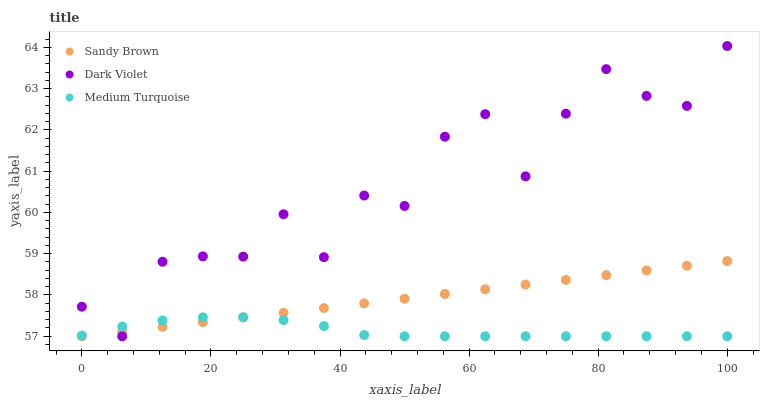
| xaxis_label | Sandy Brown | Dark Violet | Medium Turquoise |
 | --- | --- | --- | --- |
 | 0 | 57 | 57.7 | 57 |
 | 6.25 | 57.1 | 57 | 57.2 |
 | 12.5 | 57.2 | 58.8 | 57.4 |
 | 18.8 | 57.3 | 58.9 | 57.5 |
 | 25 | 57.5 | 58.9 | 57.5 |
 | 31.2 | 57.6 | 60 | 57.4 |
 | 37.5 | 57.7 | 58.9 | 57.2 |
 | 43.8 | 57.8 | 60.4 | 57 |
 | 50 | 57.9 | 60.2 | 57 |
 | 56.2 | 58 | 61.8 | 57 |
 | 62.5 | 58.1 | 62.4 | 57 |
 | 68.8 | 58.3 | 60.9 | 57 |
 | 75 | 58.4 | 62.4 | 57 |
 | 81.2 | 58.5 | 63.5 | 57 |
 | 87.5 | 58.6 | 62.8 | 57 |
 | 93.8 | 58.7 | 62.6 | 57 |
 | 100 | 58.8 | 64 | 57 |